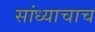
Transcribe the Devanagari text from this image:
सांध्याचाच